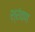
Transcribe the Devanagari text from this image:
श्रंवण